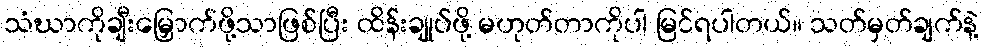
သံဃာကိုချီးမြှောက်ဖို့သာဖြစ်ပြီး ထိန်းချုပ်ဖို့ မဟုတ်တာကိုပါ မြင်ရပါတယ်။ သတ်မှတ်ချက်နဲ့